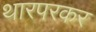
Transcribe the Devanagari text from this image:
थारपरकर